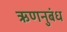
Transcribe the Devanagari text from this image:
ऋणनुबंध